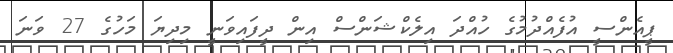
ޕީއެންސީ އުފެއްދުމުގެ ހުއްދަ އިލެކްޝަންސް އިން ދީފައިވަނީ މިދިޔަ މަހުގެ 27 ވަނަ